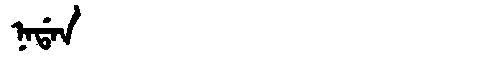
Manchu: ᠨᠠᡩᠠᠨ
Romanization: NADAN